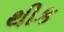
થીક